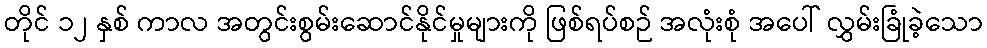
တိုင် ၁၂ နှစ် ကာလ အတွင်းစွမ်းဆောင်နိုင်မှုများကို ဖြစ်ရပ်စဉ် အလုံးစုံ အပေါ် လွှမ်းခြုံခဲ့သော